Bréfritari: Björn Ólafsson
Viðtakandi: Jón Borgfirðings Jónsson
Dagsetning: A-1857-12-26
Skrifað á: Ytri-Hlíð  N-Múl.
Óvíst

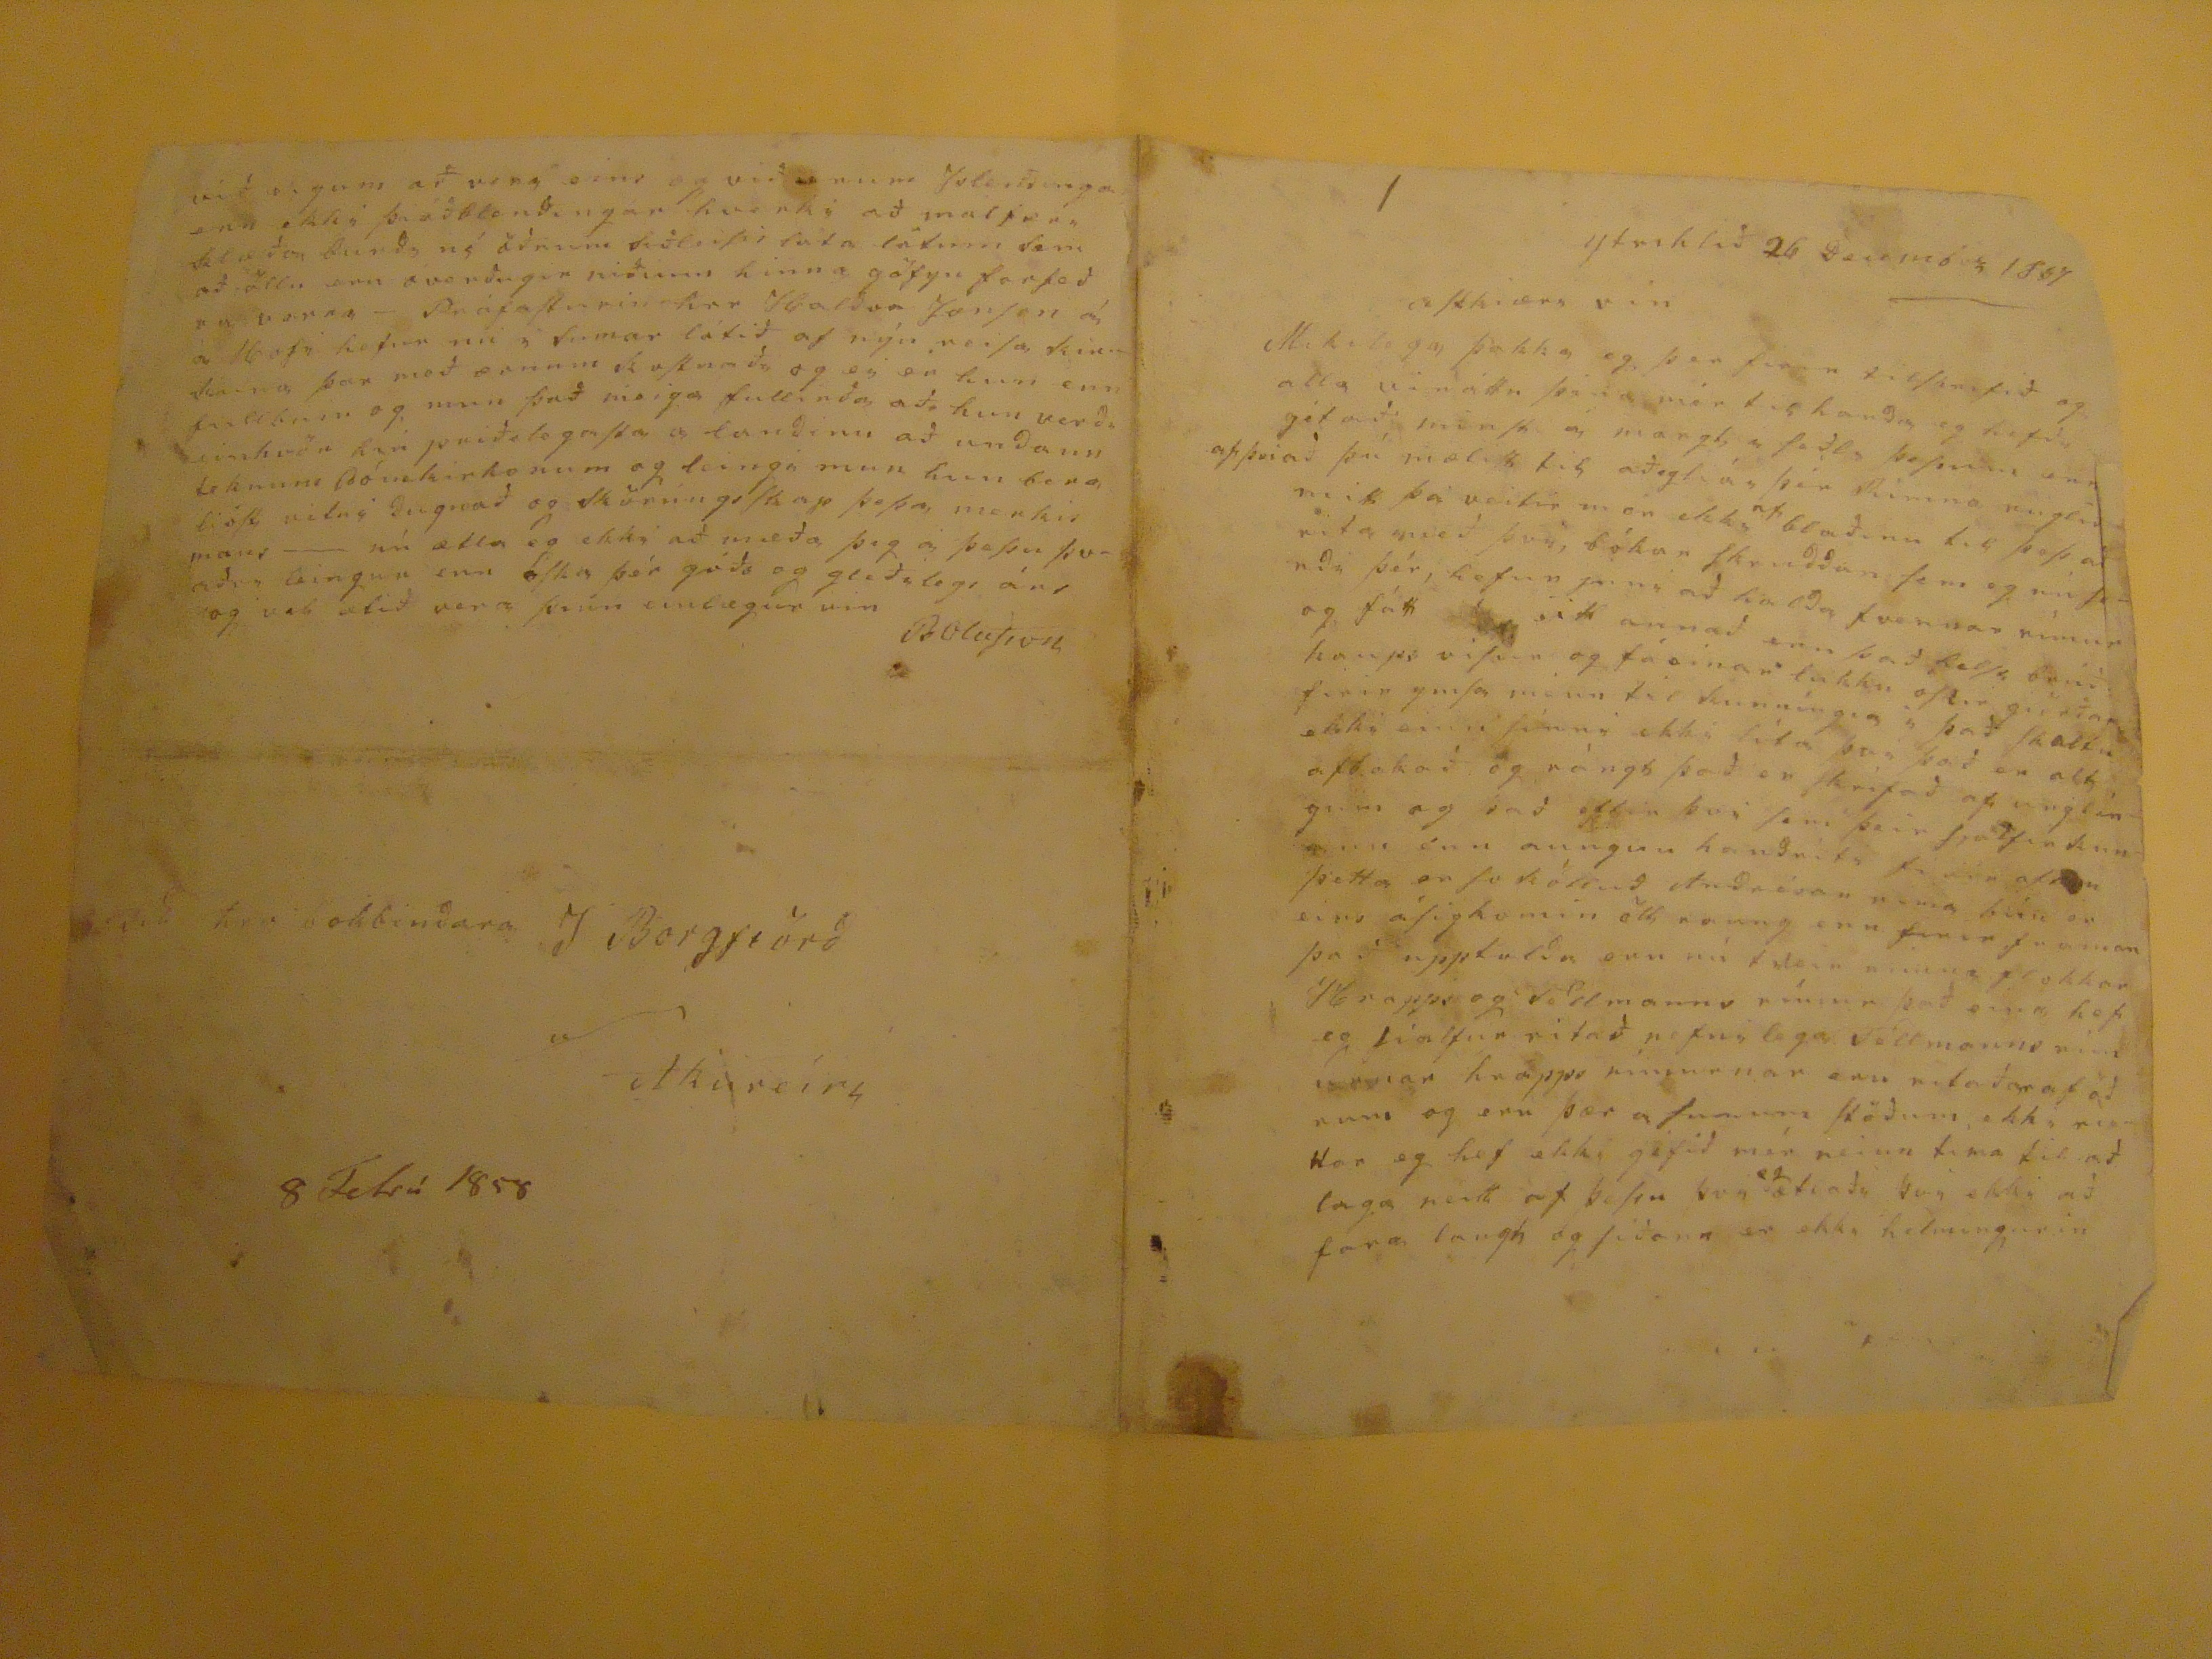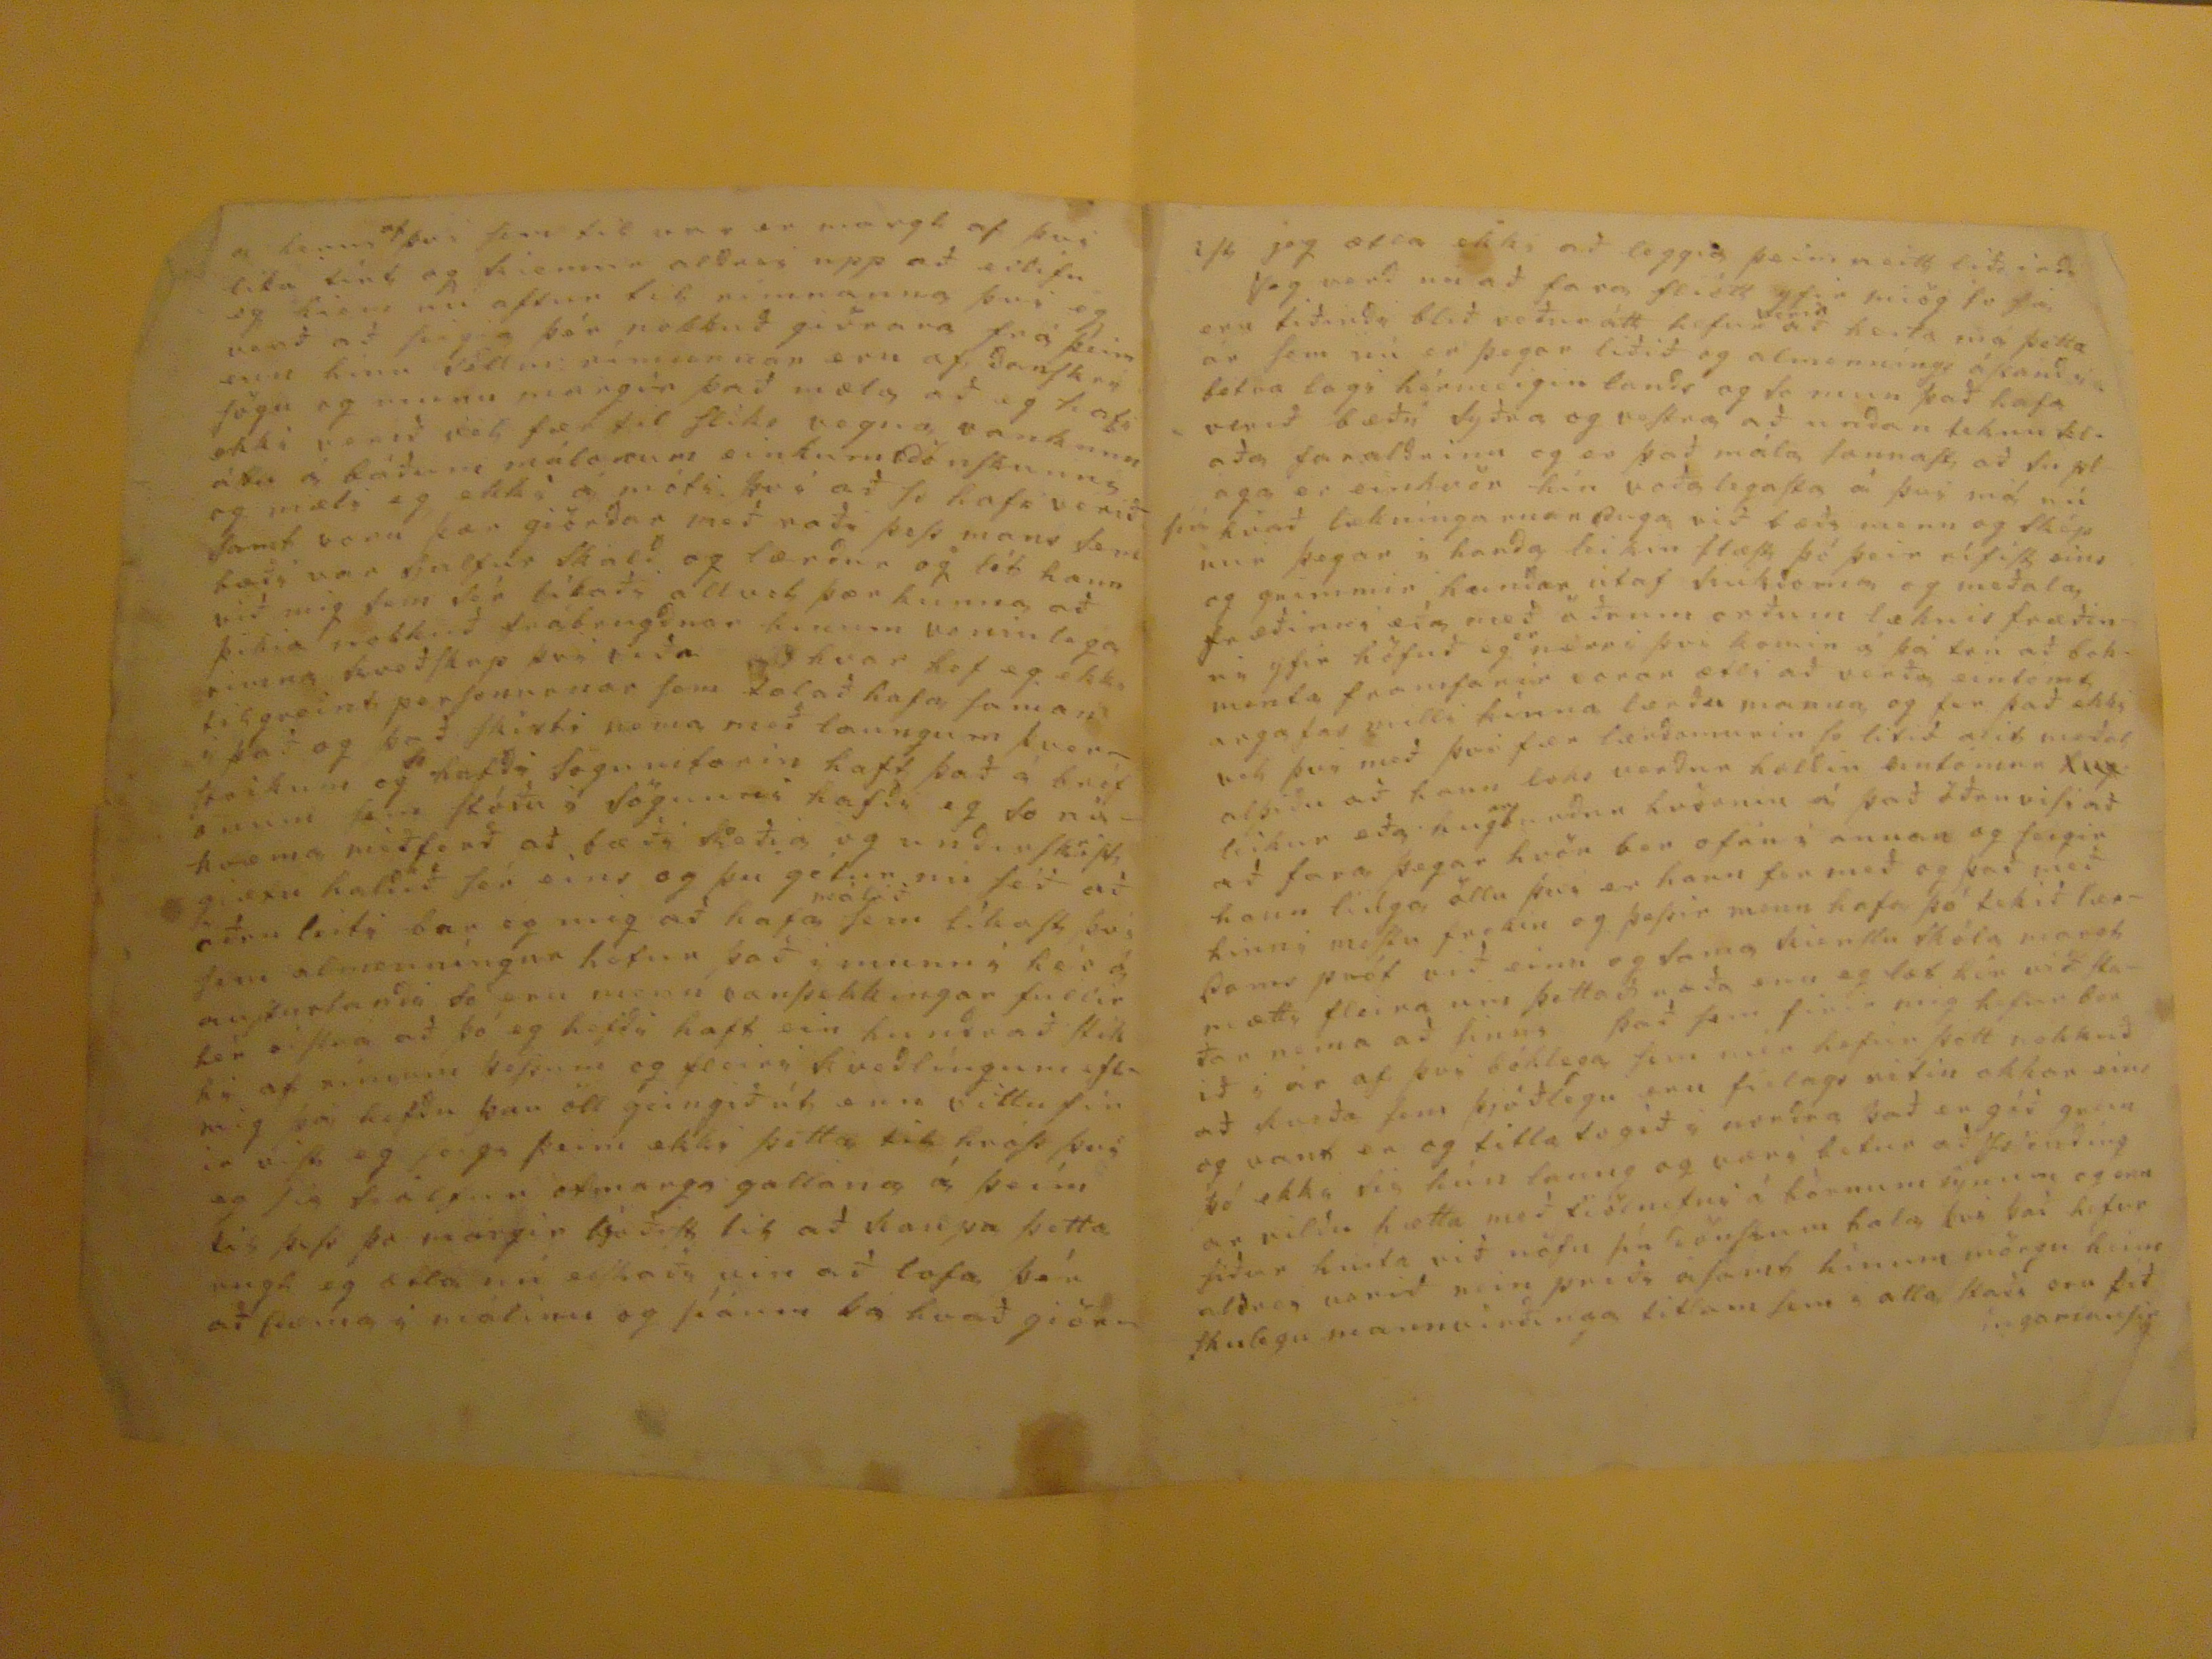

Ytrihlið 26 DEsember 1857
astkiæri vin
Mikilega þakka eg þér firir tilskrifið og alla vináttu þá er mér til handa eg hefi gétað minst á margt í
faðli þessum enn
af því að þú mælist til að eg
trúi
þér Rimna ruglið mitt þá veitir mér ekki
af
blaðinu til þess að rita með því, bókar skrudduni sem eg nú sendi þér, hefur ynni að halda tvennar rímur fátt eitt annað enn það
helst brúðkaups visum
og fá einar lukku oskir gi-rðar firir ymsa mann til kunníngia i það skaltu ekki einu sinni ekki líta því það er alt ofbakað og rángt það er skrifað af unglíngum og það eftir því sem þeir sjálfir kunnu enn aungun
handniti fá sér of?
þetta er so kölluð Andrésar ríma hún er eins ásigkomin öll er ung enn firir
faumm
það upptalda enn nú tveir
annar ?? okkar Hrappi
og Tollmanns rímur það eigi hefi eg síalfur ritað nefnilega Tollmanns rimurnar hrapps rimurnar eru ritaðar af öðrum og eru þær
asumum
stöðum ekki riettar eg hef ekki géfið mér neinn tima til að laga neitt af þessu þvi
eg
ætlaði þvi ekki að fara langt og siðann er ekki helmingurin
a henni
af
því sem til
ver er
margt af þvi lika tínt og
kiemur
aldrei upp að eilifu eg kiem nú aftur til rímnanna þvi eg verð að
seigia
þér nokkuð giöra er frá þeim enn hinn
Tollm. rímurnar
eru af Danskri sögu og munu margir það mæla að eg hafi ekki verið vel fær til sliks vegna vankunnáttu á báðum málonum einkum Dönskunni og mæli eg ekki á móti þvi að so hafi verið samt voru þær giörðar með raði þess mans sem bæði var sjalfur skald og lærður og lét hann við mig sem sér líkaði allvel þær
kunna
að þikia nokkuð frábrugðnar
hinum
voninlega rimna kveðskap þvi
viða
hvar hef eg ekki til greint personurnar sem talað hafa so
man??
i það og það skirfti nema með laungum þversteikum og hafði söguritarin haft það á bréfonum sem stóðu á sögunni hafði eg so nakvæma
meðferð
að bæði
koði a
og undirsköpt giætu haldið sér eins og þú gétur nú séð að öðru leiti bar eg mig að hafa
málið
sem líkast því sem almenníngur hefur það i minni hér á austurlandi
só
eru menn vanþekkingar fullir hér
á stað
að þó eg hefði haft ein hundrað
eftir mig
þá hefðu þau öll geingið út enn vittu firir vist eg seigi þeim ekki þetta til hróss því eg
slo ???
ofmarga gallana á þeim lis þess þo margir bjóðist til að kaupa þetta ungt eg ætla nú
elskaði
vin að lofa þér að
???
i málinu og siáum þá hvað giör-
ist jeg ætla ekki að leggia þeim neitt
biði irða
Jeg verð nú að fara fliótt yfir miög so fá eru tiðindi blið veðurátt hefur
verið
að heita má þetta á rsem nú er þegar liðið og almenníngi
óskandi
betra lagi hérmeigin lands og so mun það hafa verið bæði Syðra og vestra að undanteknu
klaða
faraldurinn og er það mála sannast að
suplaga
er einhvör hér voðalegasta á því má nú þá kvað lækninguarnar Duga við bæði menn og sköpunn þegar i handa bikin flæst þó þeir rífist eins og grimmir hundar útaf
Krikiomin
og meðala fræðinni eín með öðrum orðum læknisfræðinni yfir höfuð eg
er
nærri því komin á þá trú að bokmenta framfarir vorar ætli að verða eintómt argafar milli hinna lærðu manna og fer það ekki vel því með því fær lærðarnein so litið
ofit
meðal alþiðu að hann loks verður haldin eintómum
hug
leikur eða hug
af
burðum hvörnin á það öðruvísi að að fara þegar hvör ber ofan í annan og seigir hann liúga öllu þvi er hann fer með og það með hinni mestu frekiu og þessir menn hafa þó tekið dærdóms próf við einn og sama kienslu skóla
margt
mætti fleira um þettað orða enn eg læt hér við staðar nema að sinni það sem firir mig hefur borið i ár af þvi bóklega sem mér hefur þótt nokkuð að kveða sem þjóðlegu eru fielags ritin okkar eins og vant er og titla so góð á norðra það er góð grein þó ekki sie hún laung og væri betur að Islendíngar vildu hætta með
fiölnefni
á börnum synum og enn siður hníta við nöfn
þá siönfáum hala
því það hefur aldrei verið nein príði asamt hinum mörgu heimskulegu mannvirðinga litlum se i alla staði eru
þið ???
við eigum að vera eins og við erum Islendinga enn ekki
þá a Islendingar
hvurki að malfari klæða burði né öðrum
siðleisir
lata lötum sem að öllu eru óverðugir
niðunn hinn
göfgu forfeðra vorra - Prófasturin her Haldor Jonson á á Hofi hefur nú i sumar látið af nýu reisa
kinn??
þær með ærnum sa
ostumda
og ei er hun enn fullbuin og mun það meiga fullirða að hun verði einhvör hér priðilegasta a landinu að undann tekinni Dómkirkonum og leingi mun hun bera lióst vitni Dugnað og
skörúngsskap
þessa merkismans --- nú ætla eg ekki að mæða þig á þessu þvaðri leingur enn oska þér góðs og gleðilegs árs og vil ætið vera þinn einlægur vin
BOlafsson
við hr. bokbindara J BOrgjörð
a/ Akureiri